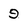
Character: 9